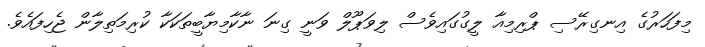
މިފަހަރުގެ އިނގިރޭސި ޕްރިމިއާ ލީގުގައިވެސް ލިވަޕޫލް ވަނީ ގިނަ ނާކާމިޔާބީތަކަކާ ކުރިމަތިލާން ޖެހިފައެވެ.